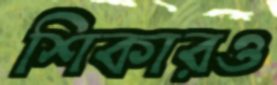
শিকারও